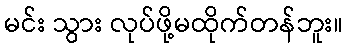
မင်း သွား လုပ်ဖို့မထိုက်တန်ဘူး။